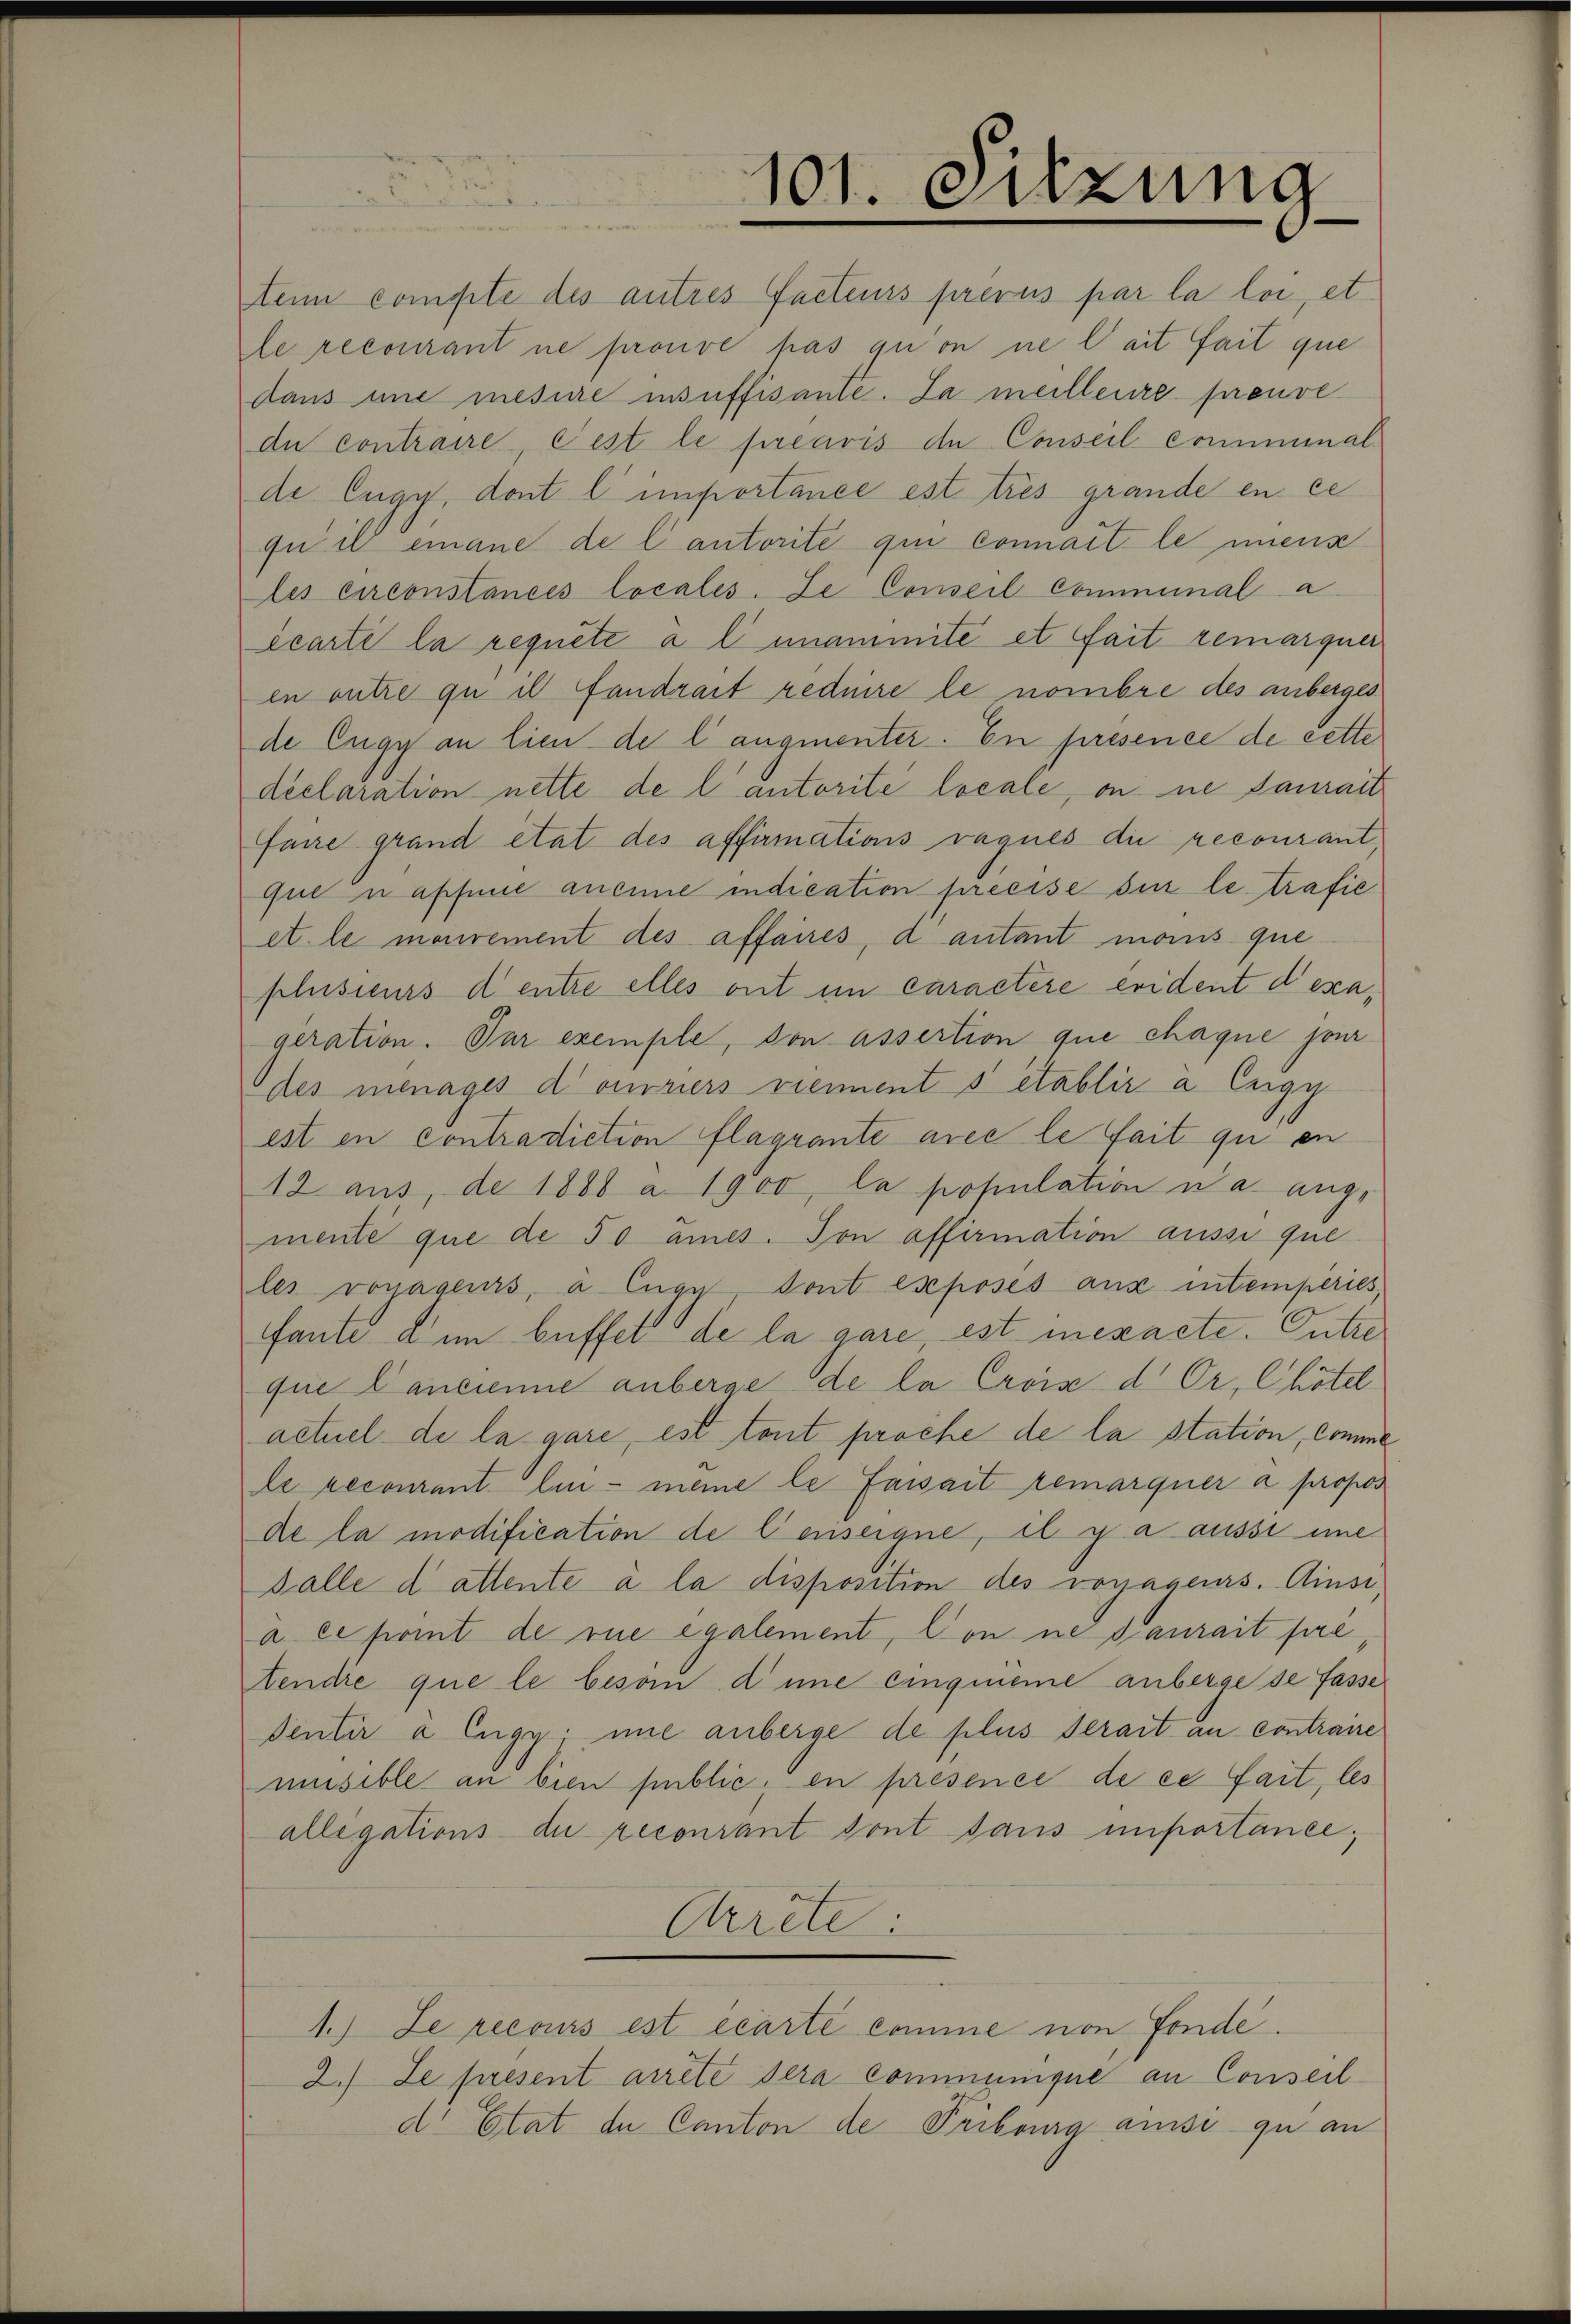
ten compte des autres facteurs prévus par la loi, et
le recourant ne prouve pas qui on ne l’ait fait que
dans une mesirre insuffisante. Ja meilleure preuve
du contraire cest le préavis de Conseil comminal
de Eugy, dont l’importance est très grande en ce
quil einane de lautorite qui connait le menz
les circonstancés locales. Le Conseil comminal a
écarte la requete a l unammité et fait remarquer
en outre qu il fandrait reduire le nombre des anberges
de Eugy an lien de langementer. En présence de cette
declaration nette de lautorité locale, on ne daurait
faire grand état des affirmations raques die recourantque nahme aneine indication preeise sie le trafie
et le monrement des affaires, d autant mans que
plusieurs d entre alles ont im caractere erident d’exageration. Par exemple, von assertion que chaque jour
des menages doniers viements établir à Eugy
est en contradiction flagrante avec le fait qui en
12 aus, de 1888 a. 1900, la population u a. aug.
mente que de 50 ames. Ton affirmation aussi que
les vonageurs, a Enge dont exposés aus intemperies
fante dem beffet de la gare, est mexacte. Entre
quie Cancienne anberge de la Crois d. Or, Chötel
actuel de la gare, est tout proche de la station, comme
le recourant lin - meine le faisait remarquer a propos
de la modification de Censeigne, il y a ausse imme
Falle d attente à la disposition des vonageurs. Ainsi
a ex port de rue egalement, Conne daurait pré
tendie que le beson dene eingeneine anberge de Fasse
sentir à Eugy inne anberge de plus serait an contraire
musible an bien public, en présence de ce fait, les
allegations- de recourant sont sans importance,
Crête:
1.) Le recours est écarte comme von Fonde.
2.) Le present arrête sera communique an Conseil
d. Etat de Canton de Tribung aussi quan

101. Sitzung